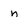
Character: n